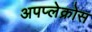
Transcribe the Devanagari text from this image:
अपप्लेक्रोस